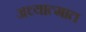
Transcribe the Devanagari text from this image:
अध्यात्मात